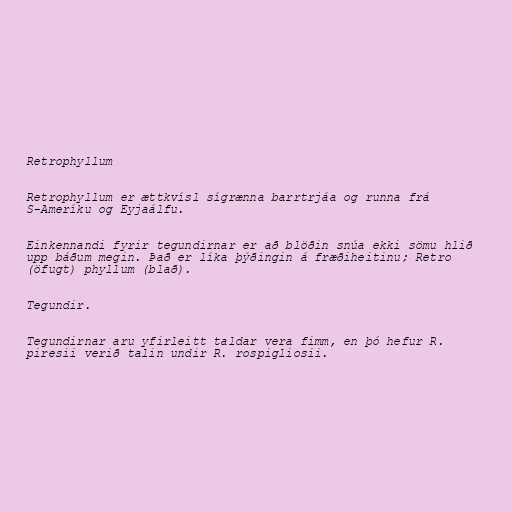
Retrophyllum

Retrophyllum er ættkvísl sígrænna barrtrjáa og runna frá
S-Ameríku og Eyjaálfu.

Einkennandi fyrir tegundirnar er að blöðin snúa ekki sömu hlið
upp báðum megin. Það er líka þýðingin á fræðiheitinu; Retro
(öfugt) phyllum (blað).

Tegundir.

Tegundirnar aru yfirleitt taldar vera fimm, en þó hefur R.
piresii verið talin undir R. rospigliosii.